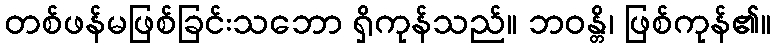
တစ်ဖန်မဖြစ်ခြင်းသဘော ရှိကုန်သည်။ ဘဝန္တိ၊ ဖြစ်ကုန်၏။